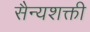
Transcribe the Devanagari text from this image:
सैन्यशक्ती